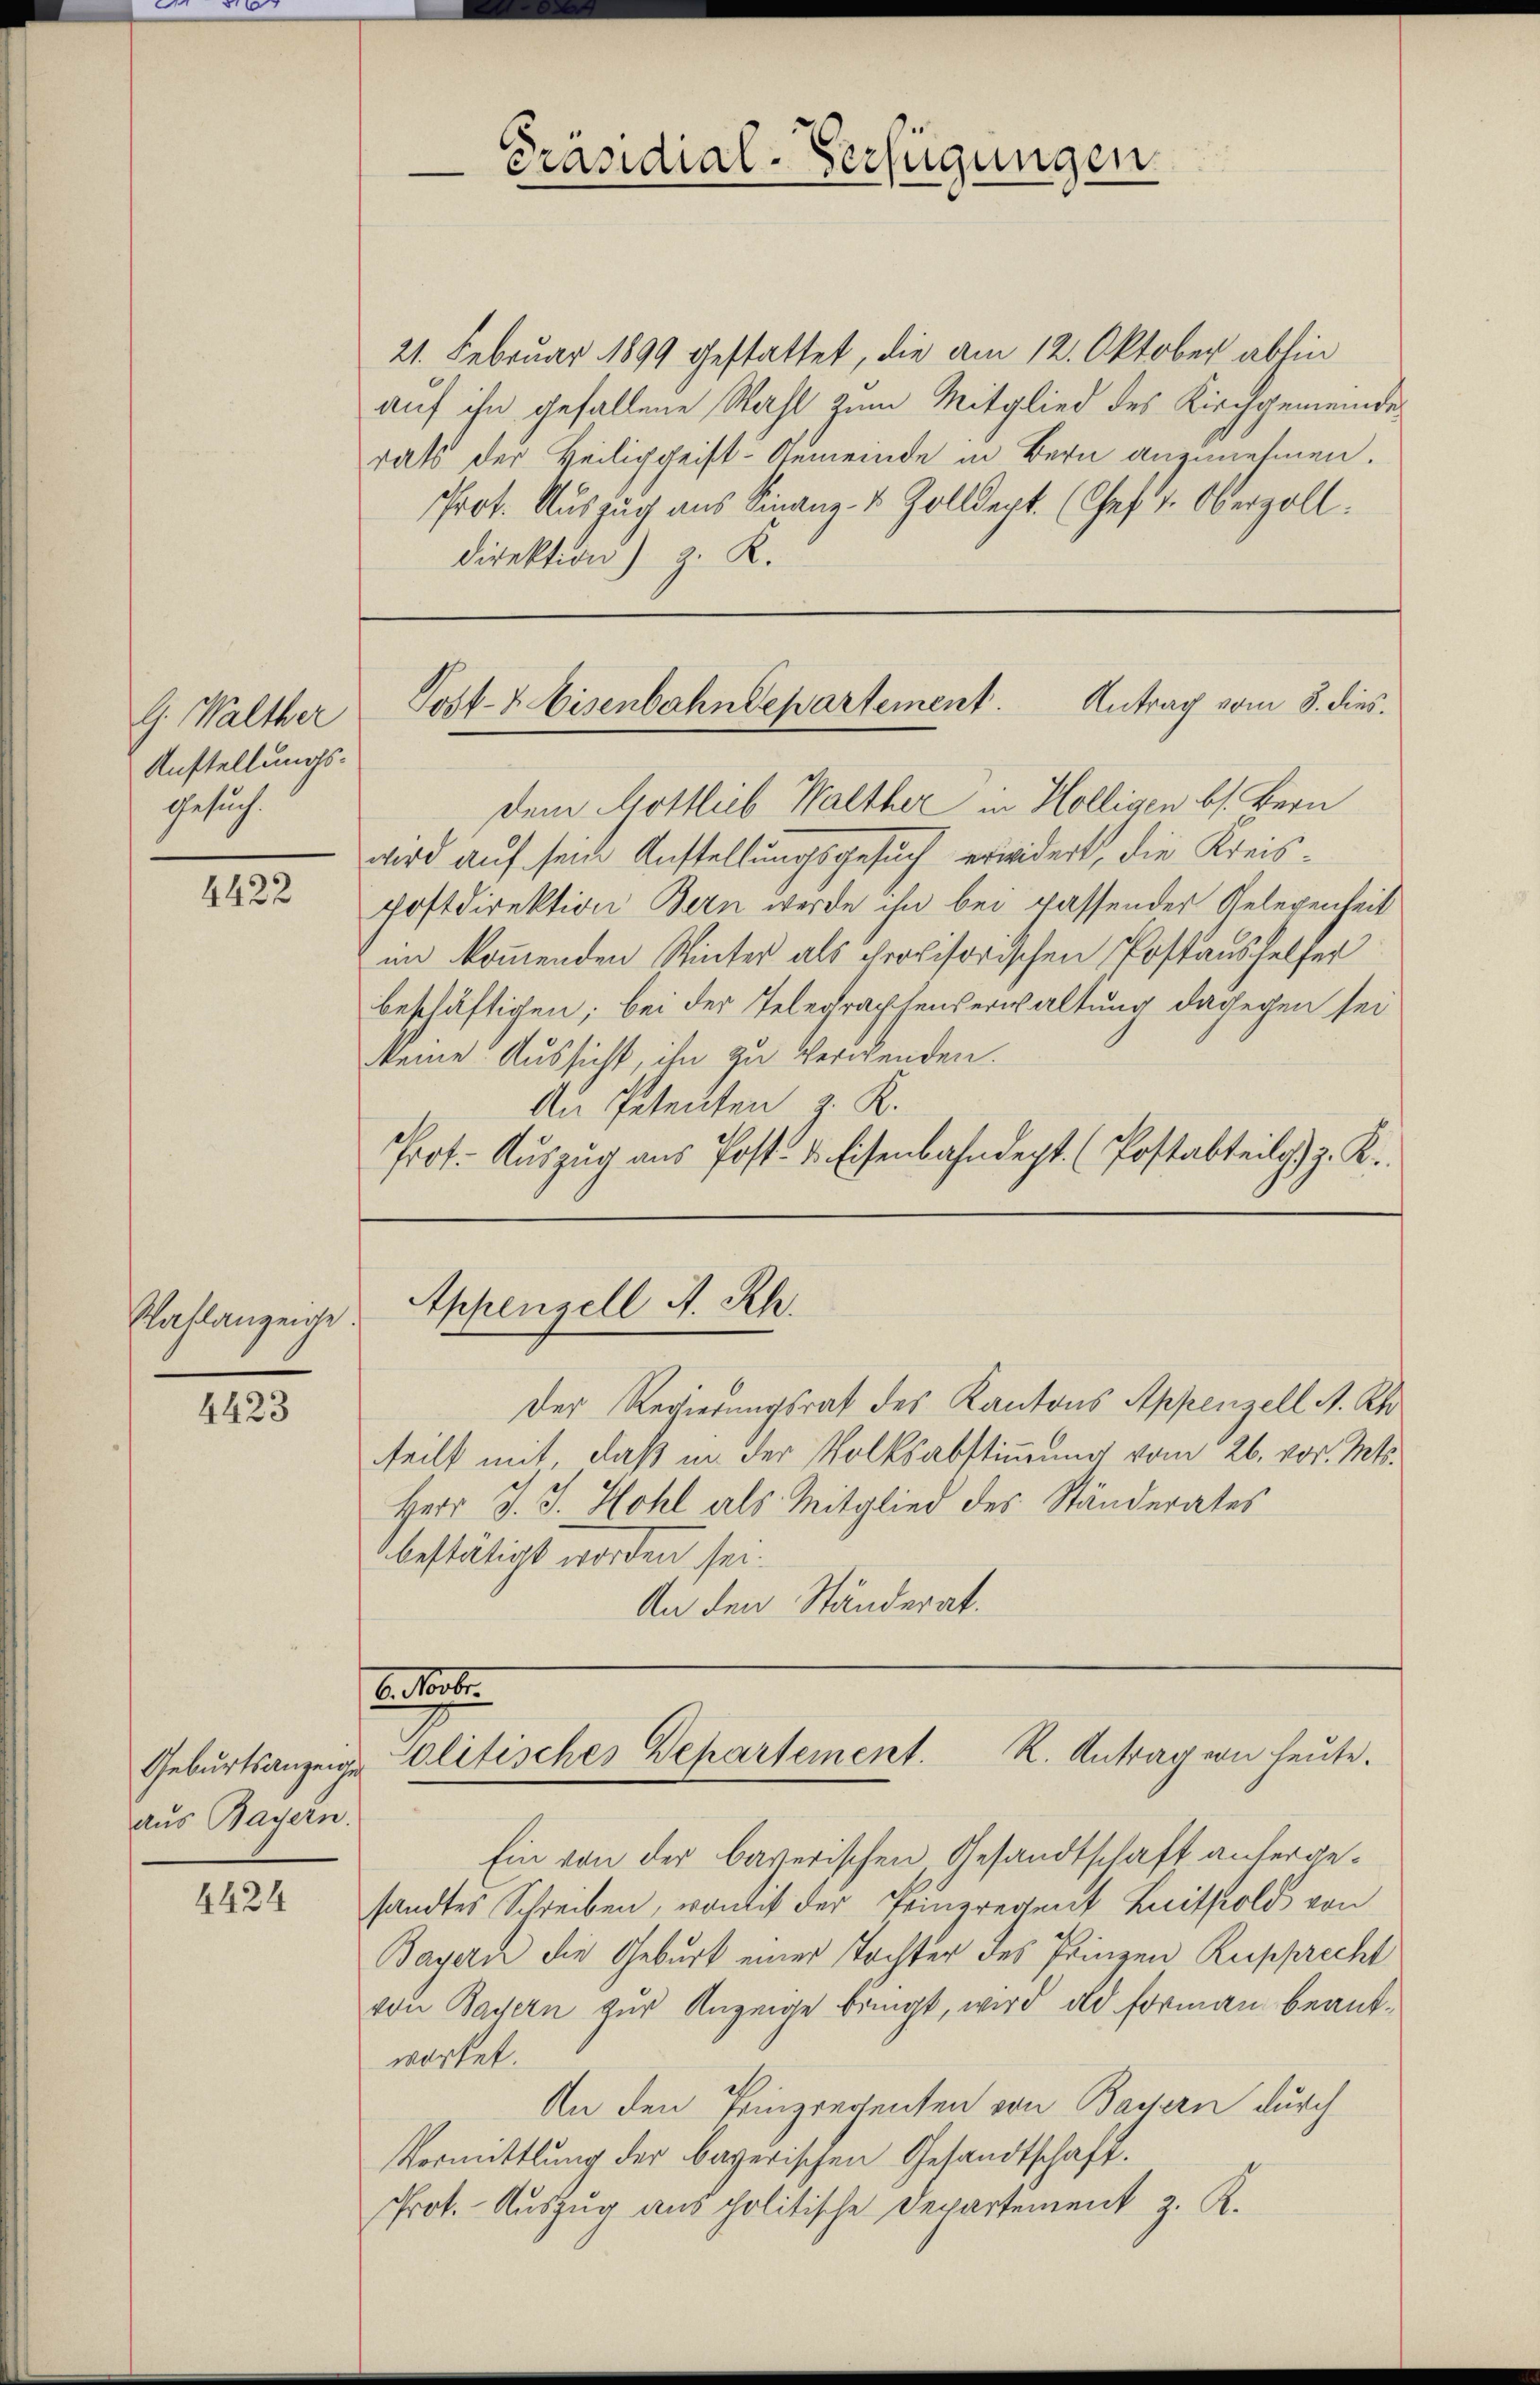
G. Walther
Anstellungs-
Gesuch.

4422

Saflanzeige

4423

Geburtsanzeigen
aus Bayern.

4424

21. Februar 1899 gestattet, die am 12. Oktober ablin
auf ihn gefallene Wahl zum Mitglied des Kirchgemeindes
rats der Heiliggeist-Gemeinde in Bern anzunehmen.
Prot. Auszug aus Finanz- & Zolldept. (Chef 1. Oberzoll.
direktion) z. K.

dem Gottlieb Walther in Holligen bes. Bern
wird auf sein Anstellungsgesuch erwidert, die Kreis¬
Postdirektion Bern werde ihn bei passender Gelegenheit
in kommenden Winter als provisorischen Postaushelfer
beschäftigen; bei der Telegraphenverwaltung dagegen sei
keine Aussicht, ihn zu Verwenden.
An Petenten z. K.
Prot. Auszug aus Post- & Eisenbahndept. (Postabteilg z. K.

Appenzell A. Rh
Der Regierungsrat des Kantons Appenzell A. Rh.
tteilt mit, daß in der Volksabstimmung vom 26. vor. Mts.
Herr J. J. Hohl als Mitglied des Ständerates
bestätigt worden sei.
An den Ständerat.

Präsidial-Verfügungen

Post- & Eisenbahndepartement. Antrag vom 8. dies

b. ober.
olitisches Departement. K. Antrag von heute.

Ein von der bayerischen Gesandtschaft anhergesandtes Schreiben, womit der Prinzregent Lithold von
Bayern die Geburt einer Tochter des Prinzen Rupprecht
von Badern zur Anzeige bringt, wird ad Formen beantwortet.
An den Prinzreventen von Bayern durch
Vormittlung der bayerischen Gesandtschaft.
Prot. Auszug aus politische Departement z. R.